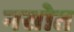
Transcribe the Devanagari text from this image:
नसोत